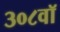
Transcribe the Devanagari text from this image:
३०८वॉ